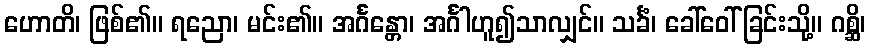
ဟောတိ၊ ဖြစ်၏။ ရညော၊ မင်း၏။ အင်္ဂန္တော၊ အင်္ဂါဟူ၍သာလျှင်။ သင်္ခံ၊ ခေါ်ဝေါ်ခြင်းသို့။ ဂစ္ဆိ၊